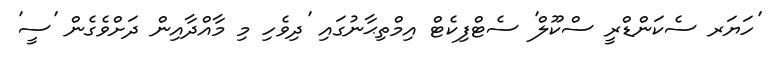
'ހަޔަރ ސެކަންޑްރީ ސްކޫލް' ސެޓްފިކެޓް އިމްތިޙާނުގައި 'ދިވެހި މި މާއްދާއިން ދަށްވެގެން 'ސީ'